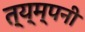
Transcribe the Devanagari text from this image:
त्य्म्पनी